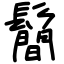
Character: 鬝